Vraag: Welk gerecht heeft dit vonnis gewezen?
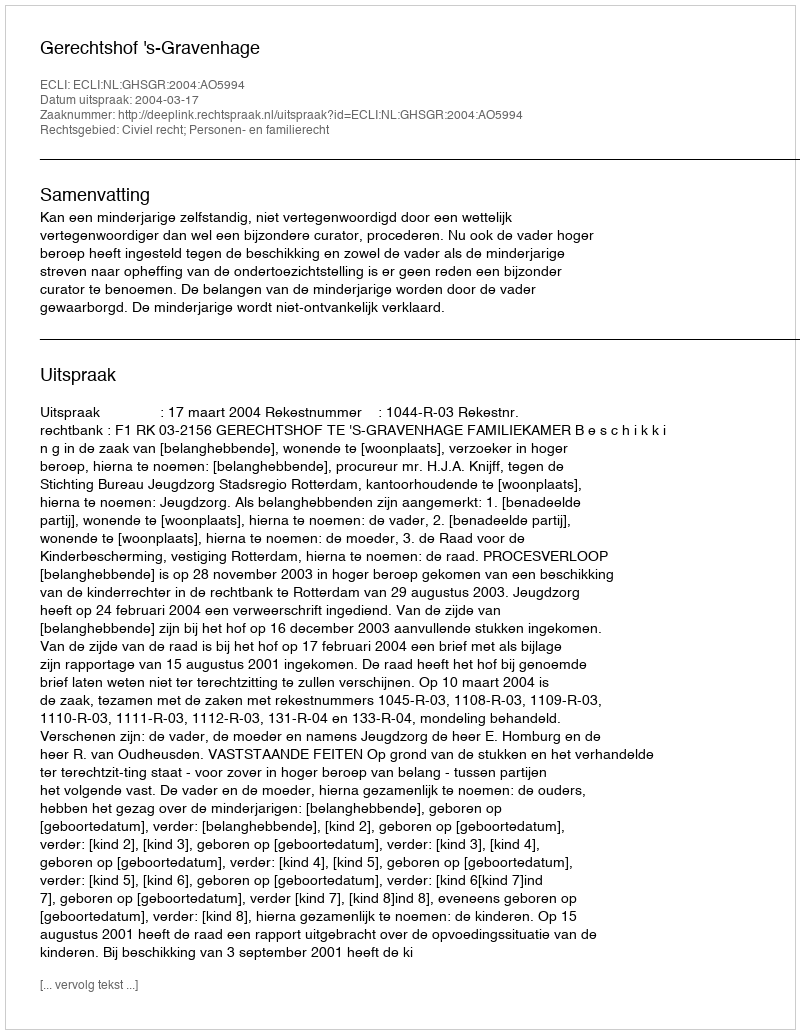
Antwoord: Gerechtshof 's-Gravenhage